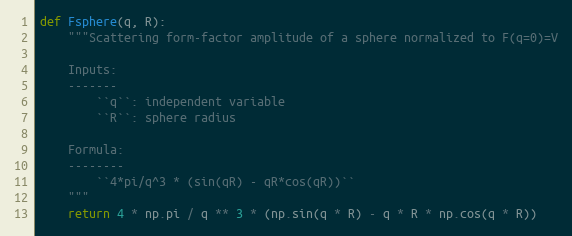
Language: Python
def Fsphere(q, R):
    """Scattering form-factor amplitude of a sphere normalized to F(q=0)=V

    Inputs:
    -------
        ``q``: independent variable
        ``R``: sphere radius

    Formula:
    --------
        ``4*pi/q^3 * (sin(qR) - qR*cos(qR))``
    """
    return 4 * np.pi / q ** 3 * (np.sin(q * R) - q * R * np.cos(q * R))